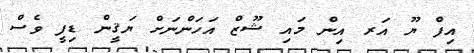
އިފް ޔޫ އަރ އިން މައި ޝޫޒް އަހަންނަށް ޔަޤީން ޑިފީ ވެސް